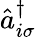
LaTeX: \hat{a}_{i\sigma}^{\dagger}